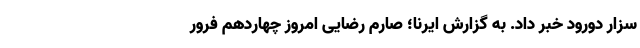
سزار دورود خبر داد. به گزارش ایرنا؛ صارم رضایی امروز چهاردهم فرور